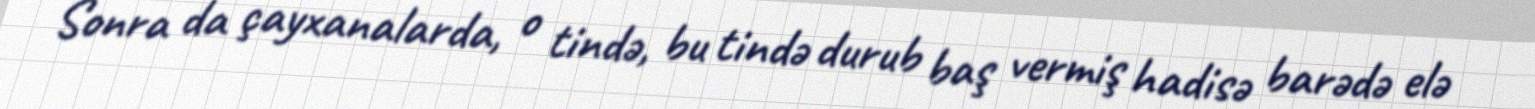
Sonra da çayxanalarda, o tində, bu tində durub baş vermiş hadisə barədə elə